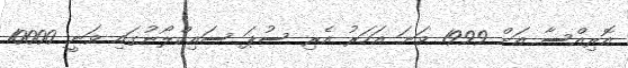
އޮރިއްސާ އަށް 1999 ވަނަ އަހަރު އެރި ސުޕަ ސައިކްލޯނުގައި ވަނީ 10000